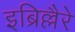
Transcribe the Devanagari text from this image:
इब्रिल्लैरे